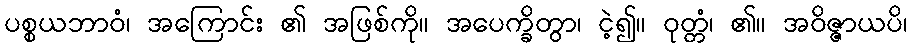
ပစ္စယဘာဝံ၊ အကြောင်း ၏ အဖြစ်ကို။ အပေက္ခိတွာ၊ ငဲ့၍။ ဝုတ္တံ၊ ၏။ အဝိဇ္ဇာယပိ၊